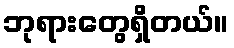
ဘုရားတွေရှိတယ်။